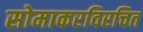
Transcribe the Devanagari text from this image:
सोमाकरविरचित